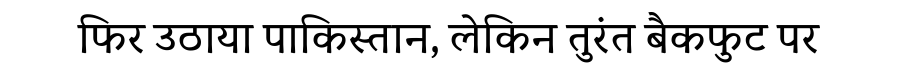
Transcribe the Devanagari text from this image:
फिर उठाया पाकिस्तान, लेकिन तुरंत बैकफुट पर